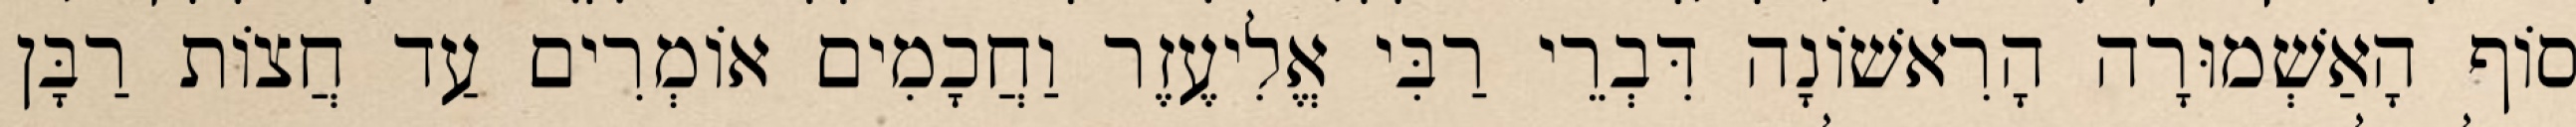
סוֹף הָאַשְׁמוּרָה הָרִאשׁוֹנָה דִּבְרֵי רַבִּי אֱלִיעֶזֶר וַחֲכָמִים אוֹמְרִים עַד חֲצוֹת רַבָּן